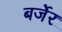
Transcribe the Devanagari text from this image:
बर्जेर